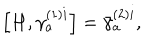
\left[ H , \gamma _ { a } ^ { ( 1 ) i } \right] = \bar { \gamma } _ { a } ^ { ( 2 ) i } ,